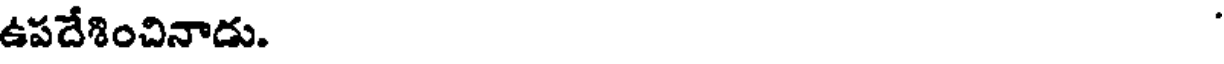
ఉపదేశించినాడు.